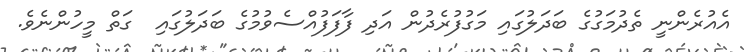
އެއުރެންނީ ތެދުމަގުގެ ބަދަލުގައި މަގުފުރެދުން އަދި ފާފަފުއްސެވުމުގެ ބަދަލުގައި  ގަތް މީހުންނެވެ.